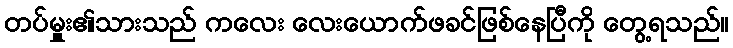
တပ်မှူး၏သားသည် ကလေး လေးယောက်ဖခင်ဖြစ်နေပြီကို တွေ့ရသည်။